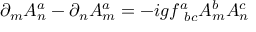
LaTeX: \partial _ { m } A _ { n } ^ { a } - \partial _ { n } A _ { m } ^ { a } = - i g f _ { ~ b c } ^ { a } A _ { m } ^ { b } A _ { n } ^ { c }